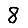
Digit: 8